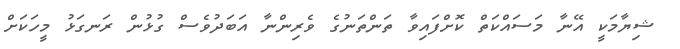
ޝިޔާމަކީ އޭނާ މަސައްކަތް ކޮށްފައިވާ ތަންތަނުގެ ވެރިންނާ އަބަދުވެސް ގުޅުން ރަނގަޅު މީހަކަށް